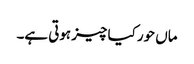
ماں حور کیا چیز ہوتی ہے۔